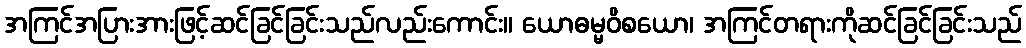
အကြင်အပြားအားဖြင့်ဆင်ခြင်ခြင်းသည်လည်းကောင်း။ ယောဓမ္မဝိစယော၊ အကြင်တရားကိုဆင်ခြင်ခြင်းသည်